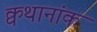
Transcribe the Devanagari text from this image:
क्वथानांक